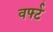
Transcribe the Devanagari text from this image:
वर्फ्ट